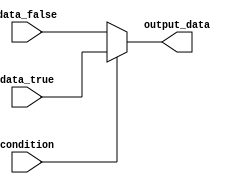
module if_else_with_ternary (
    input wire condition,
    input wire data_true,
    input wire data_false,
    output reg output_data
);

always @(*) begin
    output_data = condition ? data_true : data_false;
end

endmodule